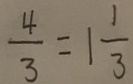
\frac { 4 } { 3 } = 1 \frac { 1 } { 3 }